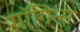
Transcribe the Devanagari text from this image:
गाॅगिन्स